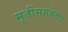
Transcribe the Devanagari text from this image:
मूर्तीसमवेतच